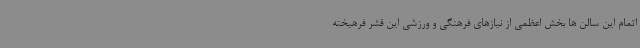
اتمام این سالن ها بخش اعظمی از نیازهای فرهنگی و ورزشی این قشر فرهیخته